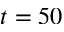
t = 5 0